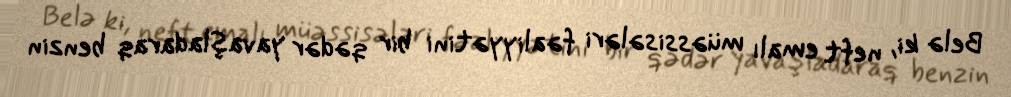
Belə ki, neft emalı müəssisələri fəaliyyətini bir qədər yavaşladaraq benzin